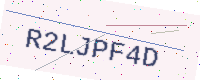
Text: R2LJPF4D